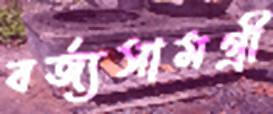
বর্জ্যসামগ্রী